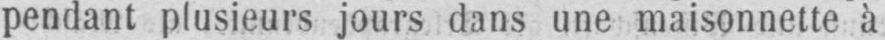
pendant plusieurs jours dans une maisonnette à